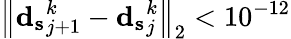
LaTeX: {\left\| \mathbf{d_{s}}_{j+1}^{k}-\mathbf{d_{s}}_{j}^{k}\right\| }_{2}<10^{-12}